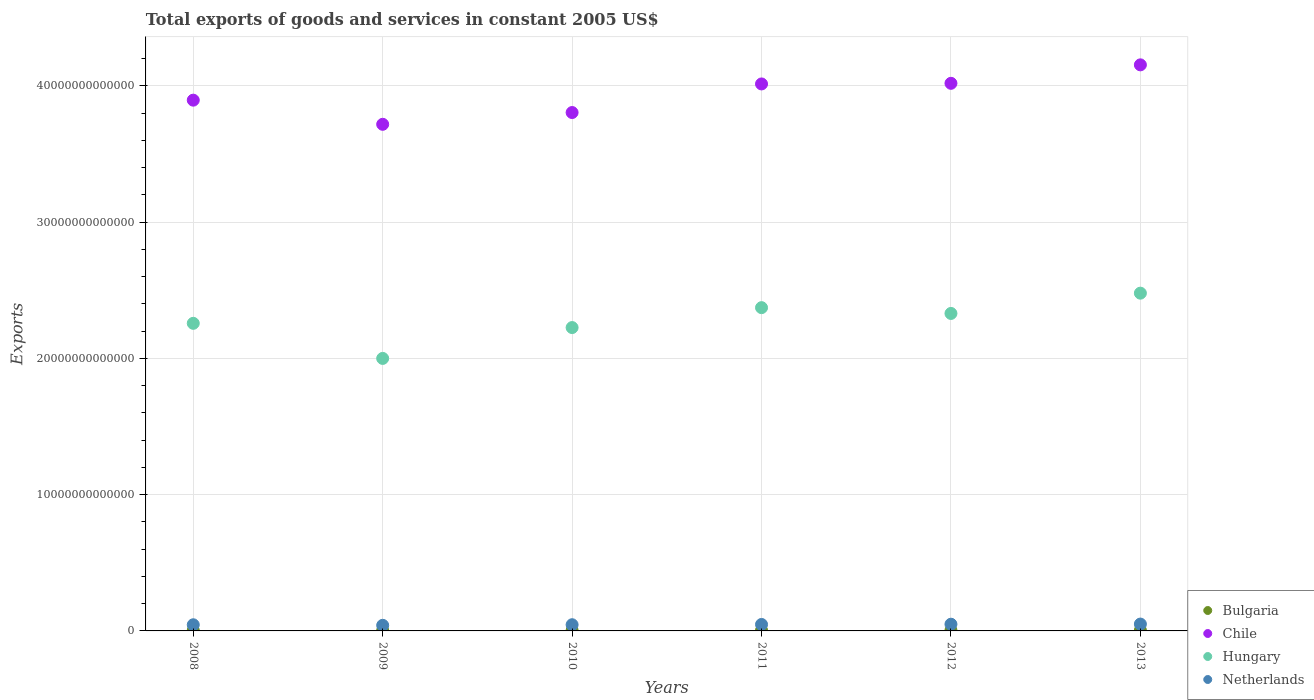
| Years | Bulgaria | Chile | Hungary | Netherlands |
 | --- | --- | --- | --- | --- |
 | 2008 | 3.83e+10 | 3.9e+13 | 2.26e+13 | 4.51e+11 |
 | 2009 | 3.38e+10 | 3.72e+13 | 2e+13 | 4.11e+11 |
 | 2010 | 3.96e+10 | 3.8e+13 | 2.23e+13 | 4.54e+11 |
 | 2011 | 4.42e+10 | 4.01e+13 | 2.37e+13 | 4.74e+11 |
 | 2012 | 4.46e+10 | 4.02e+13 | 2.33e+13 | 4.92e+11 |
 | 2013 | 4.86e+10 | 4.15e+13 | 2.48e+13 | 5.03e+11 |